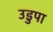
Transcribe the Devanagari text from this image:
उडुपा